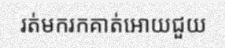
រត់មករកគាត់អោយជួយ